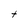
Character: t